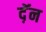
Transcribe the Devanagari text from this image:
द़ॅन